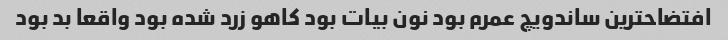
افتضاحترین ساندویچ عمرم بود نون بیات بود کاهو زرد شده بود واقعا بد بود